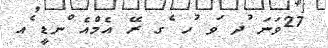
27ވަނަ ުދ ަވ ުހ ެގ ރޭ އެމްއެ ްނޑީ ެއ